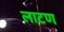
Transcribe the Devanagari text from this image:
लाटण